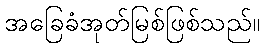
အခြေခံအုတ်မြစ်ဖြစ်သည်။